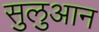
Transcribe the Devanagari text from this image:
सुलुआन